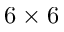
6 \times 6